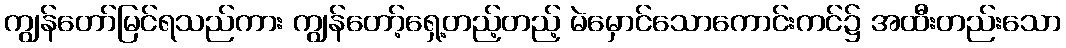
ကျွန်တော်မြင်ရသည်ကား ကျွန်တော့်ရှေ့တည့်တည့် မဲမှောင်သောကောင်းကင်၌ အထီးတည်းသော